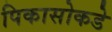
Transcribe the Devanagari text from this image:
पिकासोकडे